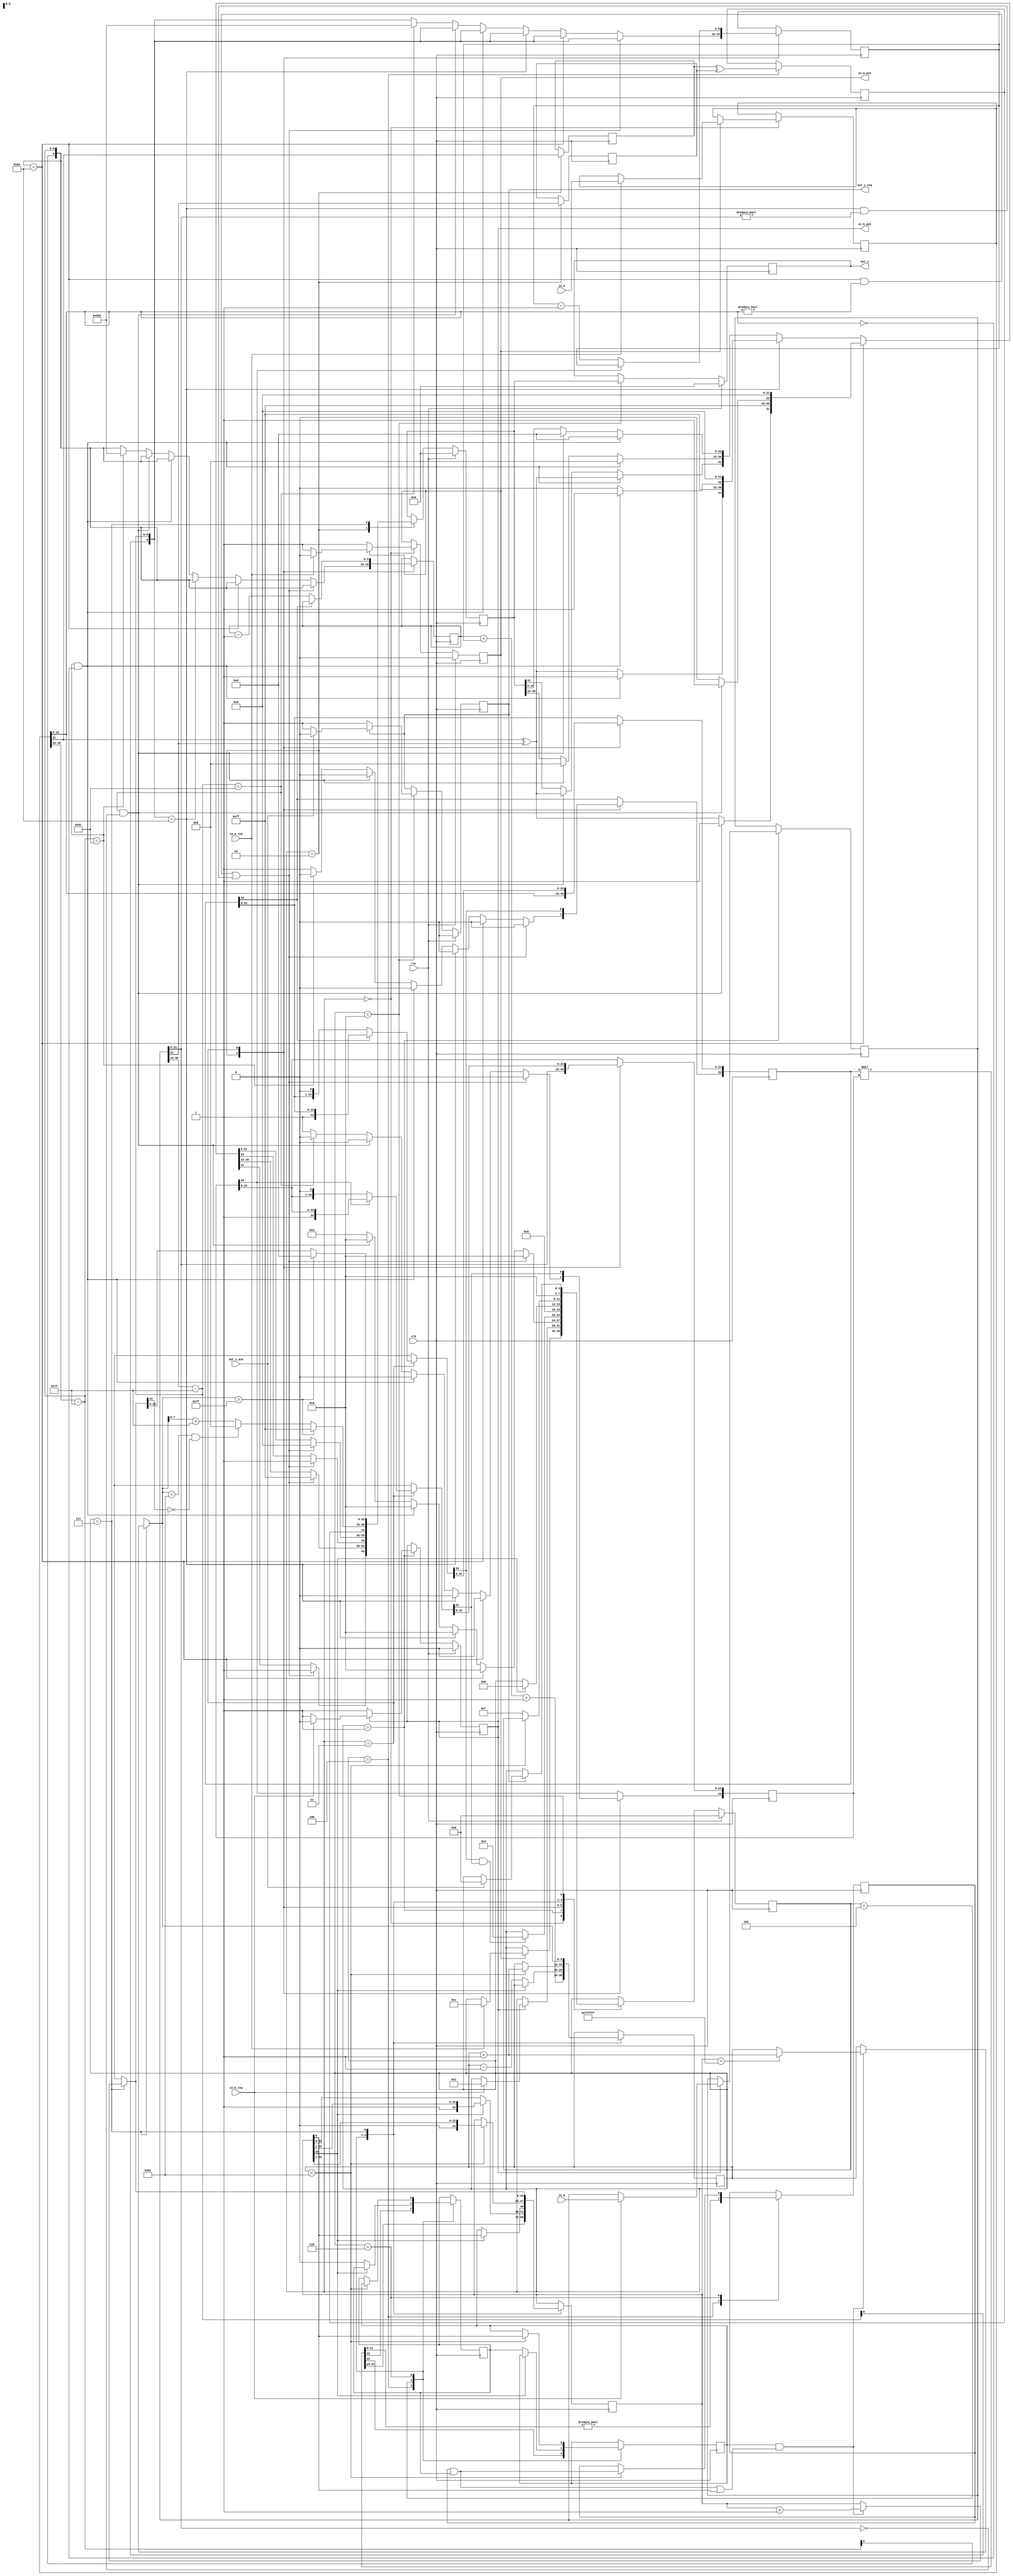
module multiplier_clean(
    in_a,
    in_b,
    in_a_req,
    in_b_req,
    out_z_ack,
    clk,
    rst,
    out_z,
    out_z_req,
    in_a_ack,
    in_b_ack);

    input     clk;
    input     rst;

    input     [31:0] in_a;
    input     in_a_req;
    output    in_a_ack;

    input     [31:0] in_b;
    input     in_b_req;
    output    in_b_ack;

    output    [31:0] out_z;
    output    out_z_req;
    input     out_z_ack;

    reg       final_out_z_req;
    reg       [31:0] final_out_z;
    reg       final_in_a_ack;
    reg       final_in_b_ack;

    reg       [3:0] state;
    parameter WAIT_INPUT_1 = 4'd0,
    WAIT_INPUT_2           = 4'd1,
    SPLIT_SPECIAL          = 4'd2,
    NORM_A                 = 4'd3,
    MULT                   = 4'd4,
    NORM_1                 = 4'd5,
    NORM_2                 = 4'd6,
    ROUND                  = 4'd7,
    DRIVE_Z                = 4'd8;

    reg       [31:0] a, b, z;
    reg       [23:0] mant_a, mant_b, mant_z;
    reg       [9:0] exp_a, exp_b, exp_z;
    reg       sign_a, sign_b, sign_z;
    reg       guard, round_bit, sticky;
    reg       [47:0] prod;

    always @(posedge clk)
    begin

        case(state)

            WAIT_INPUT_1:
                begin
                    if (!final_in_a_ack) begin
                        final_in_a_ack = 1;
                    end
                    else if (in_a_req) begin
                        a = in_a;
                        final_in_a_ack = 0;
                        state <= WAIT_INPUT_2;
                    end
                end

            WAIT_INPUT_2:
                begin
                    if (!final_in_b_ack) begin
                        final_in_b_ack = 1;
                    end
                    else if (in_b_req) begin
                        b = in_b;
                        final_in_b_ack = 0;
                        state <= SPLIT_SPECIAL;
                    end
                end

            SPLIT_SPECIAL:
                begin
                    mant_a = a[22 : 0];
                    mant_b = b[22 : 0];
                    exp_a = a[30 : 23] - 127;
                    exp_b = b[30 : 23] - 127;
                    sign_a = a[31];
                    sign_b = b[31];
                    //state <= special_cases;
                    //if a is NaN or b is NaN return NaN 
                    if ((exp_a == 128 && mant_a != 0) || (exp_b == 128 && mant_b != 0)) begin
                        z[31] = 1;
                        z[30:23] = 255;
                        z[22] = 1;
                        z[21:0] = 0;
                        state <= DRIVE_Z;
                        //if a is inf return inf
                    end else if (exp_a == 128) begin
                        z[31] = sign_a ^ sign_b;
                        z[30:23] = 255;
                        z[22:0] = 0;
                        //if b is zero return NaN
                        if (($signed(exp_b) == -127) && (mant_b == 0)) begin
                            z[31] = 1;
                            z[30:23] = 255;
                            z[22] = 1;
                            z[21:0] = 0;
                        end
                        state <= DRIVE_Z;
                        //if b is inf return inf
                    end else if (exp_b == 128) begin
                        z[31] = sign_a ^ sign_b;
                        z[30:23] = 255;
                        z[22:0] = 0;
                        //if a is zero return NaN
                        if (($signed(exp_a) == -127) && (mant_a == 0)) begin
                            z[31] = 1;
                            z[30:23] = 255;
                            z[22] = 1;
                            z[21:0] = 0;
                        end
                        state <= DRIVE_Z;
                        //if a is zero return zero
                    end else if (($signed(exp_a) == -127) && (mant_a == 0)) begin
                        z[31] = sign_a ^ sign_b;
                        z[30:23] = 0;
                        z[22:0] = 0;
                        state <= DRIVE_Z;
                        //if b is zero return zero
                    end else if (($signed(exp_b) == -127) && (mant_b == 0)) begin
                        z[31] = sign_a ^ sign_b;
                        z[30:23] = 0;
                        z[22:0] = 0;
                        state <= DRIVE_Z;
                    end else begin
                        //Denormalised Number
                        if ($signed(exp_a) == -127) begin
                            exp_a = -126;
                        end else begin
                            mant_a[23] = 1;
                        end
                        //Denormalised Number
                        if ($signed(exp_b) == -127) begin
                            exp_b = -126;
                        end else begin
                            mant_b[23] = 1;
                        end
                        state <= NORM_A;
                    end
                end

            NORM_A:
                begin
                    if (!mant_a[23]) begin
                        mant_a = mant_a << 1;
                        exp_a = exp_a - 1;
                    end
                    if (!mant_b[23]) begin
                        mant_b = mant_b << 1;
                        exp_b = exp_b - 1;
                    end
                    if (mant_a[23] && mant_b[23]) begin
                        state <= MULT;
                    end
                end

            MULT:
                begin
                    sign_z = sign_a ^ sign_b;
                    exp_z = exp_a + exp_b + 1;
                    prod = mant_a * mant_b;
                    //state <= multiply_1;
                    mant_z = prod[47:24];
                    guard = prod[23];
                    round_bit = prod[22];
                    sticky = (prod[21:0] != 0);
                    state <= NORM_1;
                end

            NORM_1:
                begin
                    if (mant_z[23] == 0) begin
                        exp_z = exp_z - 1;
                        mant_z = mant_z << 1;
                        mant_z[0] = guard;
                        guard = round_bit;
                        round_bit = 0;
                    end else begin
                        state <= NORM_2;
                    end
                end

            NORM_2:
                begin
                    if ($signed(exp_z) < -126) begin
                        exp_z = exp_z + 1;
                        sticky = sticky | round_bit;
                        round_bit = guard;
                        guard = mant_z[0];
                        mant_z = mant_z >> 1;
                    end else begin
                        state <= ROUND;
                    end
                end

            ROUND:
                begin
                    if (guard && (round_bit | sticky | mant_z[0])) begin
                        if (mant_z == 24'hffffff) begin
                            exp_z =exp_z + 1;
                        end
                        mant_z = mant_z + 1;
                    end
                    //state <= pack;
                    z[22 : 0] = mant_z[22:0];
                    z[30 : 23] = exp_z[7:0] + 127;
                    z[31] = sign_z;
                    if ($signed(exp_z) == -126 && mant_z[23] == 0) begin
                        z[30 : 23] = 0;
                    end
                    //if overflow occurs, return inf
                    if ($signed(exp_z) > 127) begin
                        z[22 : 0] = 0;
                        z[30 : 23] = 255;
                        z[31] = sign_z;
                    end
                    state <= DRIVE_Z;
                end

            DRIVE_Z:
                begin
                    final_out_z = z;
                    if (!final_out_z_req) begin
                        final_out_z_req = 1;
                    end
                    else if (out_z_ack) begin
                        final_out_z_req = 0;
                        state <= WAIT_INPUT_1;
                    end
                end

        endcase

        if (rst == 1) begin
            state <= WAIT_INPUT_1;
            final_in_a_ack <= 0;
            final_in_b_ack <= 0;
            final_out_z_req <= 0;
            //TODO - Sarang, check if any functionality is broken
            final_out_z <= 0;
            z <= 0;
        end

    end
    assign in_a_ack  = final_in_a_ack;
    assign in_b_ack  = final_in_b_ack;
    assign out_z_req = final_out_z_req;
    assign out_z     = final_out_z;

endmodule